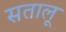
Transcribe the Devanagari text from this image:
सतालू